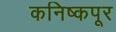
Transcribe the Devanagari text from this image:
कनिष्कपूर